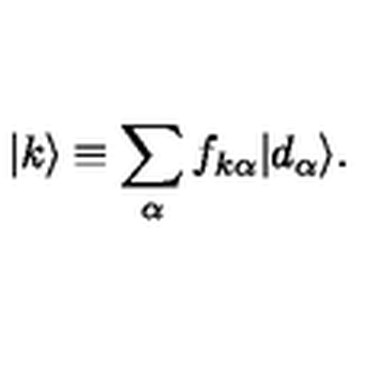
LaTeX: | k \rangle \equiv \sum _ { \alpha } f _ { k \alpha } | d _ { \alpha } \rangle .